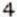
4